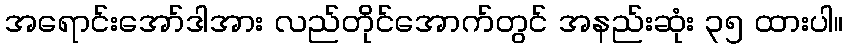
အရောင်းအော်ဒါအား လည်တိုင်အောက်တွင် အနည်းဆုံး ၃၅ ထားပါ။